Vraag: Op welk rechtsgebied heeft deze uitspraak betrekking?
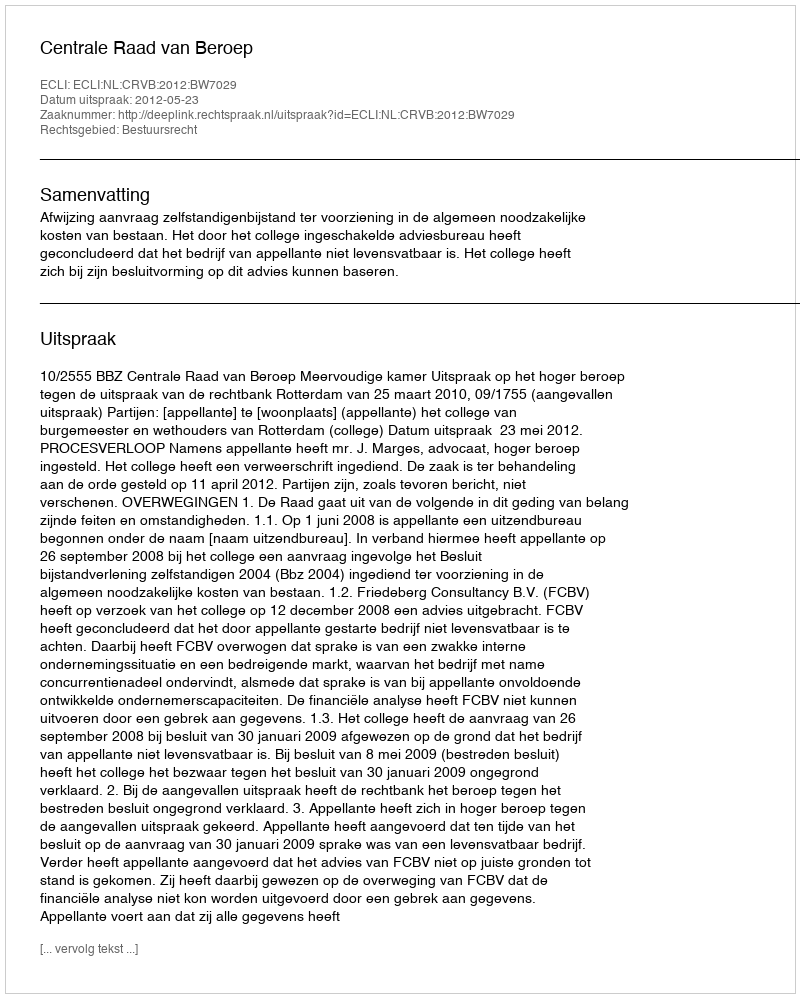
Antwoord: Bestuursrecht